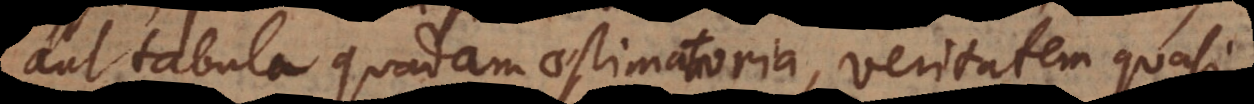
aut tabula quadam aestimatoria, veritatem quasi